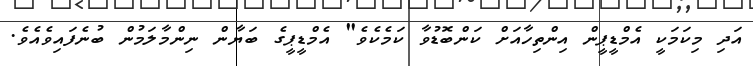
އަދި މިކަމަކީ އެމްޑީޕީން އިންތިހާއަށް ކަންބޮޑުވާ ކަމެކެވެ" އެމްޑީޕީގެ ބަޔާން ނިންމާލަމުން ބުނެފައިވެއެވެ.